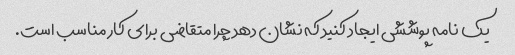
یک نامه پوششی ایجاد کنید که نشان دهد چرا متقاضی برای کار مناسب است.